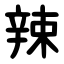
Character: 辣